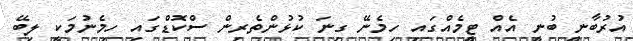
އުރުބާނީ ބުނީ އެއް ޓީމެއްގައި ހިމެނޭ ގިނަ ކުޅުންތެރިން ސްކޮޑްގައި ހިމެނުމަކީ ލިބޭ